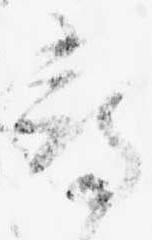
尋